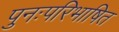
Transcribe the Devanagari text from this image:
पुनःपरिभाषित